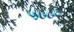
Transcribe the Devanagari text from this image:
५८८०